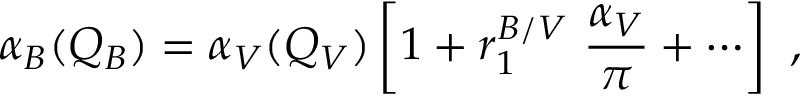
\alpha _ { B } ( Q _ { B } ) = \alpha _ { V } ( Q _ { V } ) \left[ 1 + r _ { 1 } ^ { B / V } \ { \frac { \alpha _ { V } } { \pi } } + \cdots \right] \ ,